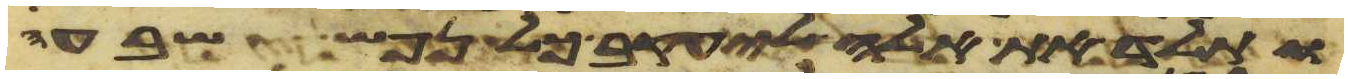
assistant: ותלד את אלה ליעקב כל נפש שבע